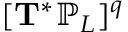
[ \mathbf { T } ^ { * } \mathbb { P } _ { L } ] ^ { q }